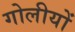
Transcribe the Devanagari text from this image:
गोलीयों